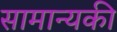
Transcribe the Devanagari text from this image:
सामान्यकी